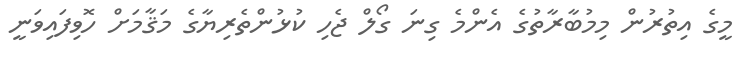
މީގެ އިތުރުން މިމުބާރާތުގެ އެންމެ ގިނަ ގޯލް ޖެހި ކުޅުންތެރިޔާގެ މަޤާމަށް ހޮވިފައިވަނީ